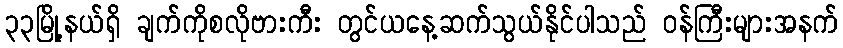
၃၃မြို့နယ်ရှိ ချက်ကိုစလိုဗားကီး တွင်ယနေ့ဆက်သွယ်နိုင်ပါသည် ဝန်ကြီးများအနက်